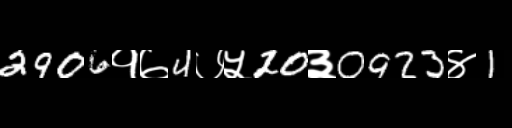
Text: 2906१७4७५20३0923४1